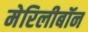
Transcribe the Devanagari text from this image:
मेरिलीबॉन